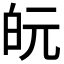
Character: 𭽋